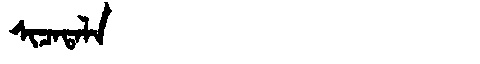
Manchu: ᠰᡳᠴᠠᡨᠠᠯᠠ
Romanization: SICATALA